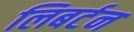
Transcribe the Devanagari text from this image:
लिबर्टन